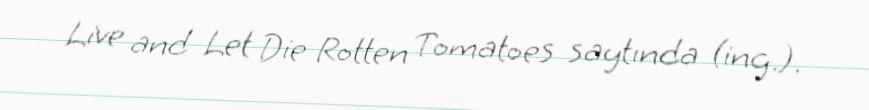
Live and Let Die Rotten Tomatoes saytında (ing.).